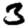
Digit: 3